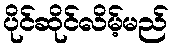
ပိုင်ဆိုင်လိမ့်မည်